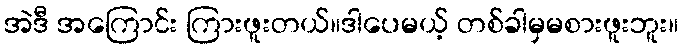
အဲဒီ အကြောင်း ကြားဖူးတယ်။ဒါပေမယ့် တစ်ခါမှမစားဖူးဘူး။